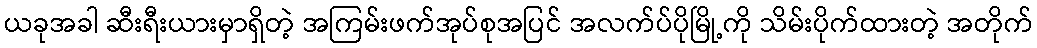
ယခုအခါ ဆီးရီးယားမှာရှိတဲ့ အကြမ်းဖက်အုပ်စုအပြင် အလက်ပ်ပိုမြို့ကို သိမ်းပိုက်ထားတဲ့ အတိုက်